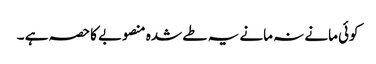
کوئی مانے نہ مانے یہ طے شدہ منصوبے کاحصہ ہے ۔